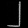
Digit: ၂